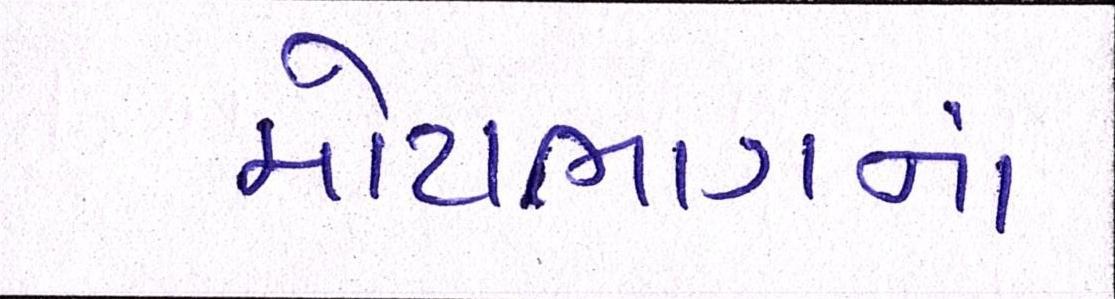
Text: મોટાભાગનાં